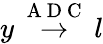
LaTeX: y\overset{\mathrm{~A~D~C~}}{\rightarrow}l